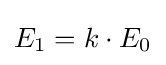
E_{1}=k\cdot E_{0}